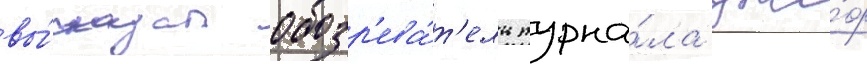
вы́сказал обозр'ева́т'ель журна́ла дже́ф